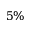
5 \%